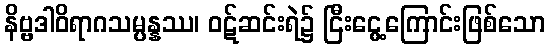
နိဗ္ဗဒါဝိရာဂသမ္ပန္နဿ၊ ဝဋ်ဆင်းရဲ၌ ငြီးငွေ့ကြောင်းဖြစ်သော